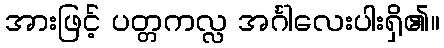
အားဖြင့် ပတ္တကလ္လ အင်္ဂါလေးပါးရှိ၏။